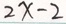
2 x - 2